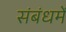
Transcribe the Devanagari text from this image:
संबंधमें